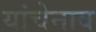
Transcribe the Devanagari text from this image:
यांचेनाव